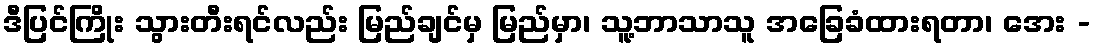
ဒီပြင်ကြိုး သွားတီးရင်လည်း မြည်ချင်မှ မြည်မှာ၊ သူ့ဘာသာသူ အခြေခံထားရတာ၊ အေး -